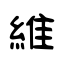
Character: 維